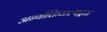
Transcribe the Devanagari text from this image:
अन्योक्तिकल्पद्रम